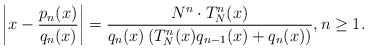
\begin{align*}\left| x - \frac{p_n(x)}{q_n(x)} \right| =\frac{N^n \cdot T^n_N(x)}{q_n(x)\left(T^n_N(x)q_{n-1}(x)+q_n(x)\right)}, n \geq 1. \end{align*}